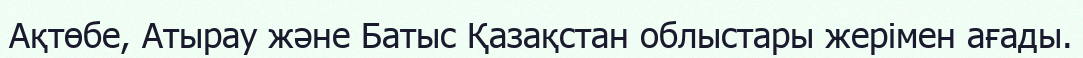
Ақтөбе, Атырау және Батыс Қазақстан облыстары жерімен ағады.